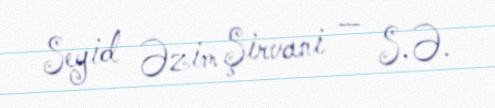
Seyid Əzim Şirvani — S.Ə.